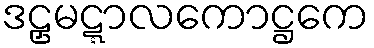
ဒဠှမဋ္ဋာလကောဋ္ဌကေ